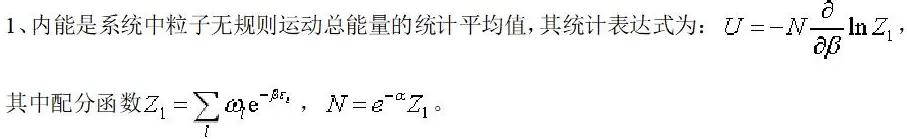
1、内能是系统中粒子无规则运动总能量的统计平均值，其统计表达式为：$U=-N\frac{\partial}{\partial \beta}\ln Z_1$，
其中配分函数$Z_1 = \sum_{l} \omega_{l} \mathrm{e}^{-\beta \varepsilon_{l}}$，$N = e^{-\alpha}Z_1$。